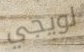
لويجي